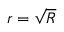
r = { \sqrt { R } }